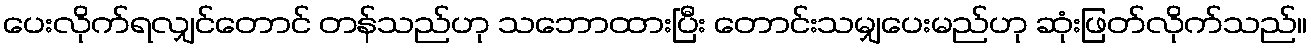
ပေးလိုက်ရလျှင်တောင် တန်သည်ဟု သဘောထားပြီး တောင်းသမျှပေးမည်ဟု ဆုံးဖြတ်လိုက်သည်။